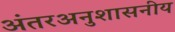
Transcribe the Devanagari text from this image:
अंतरअनुशासनीय